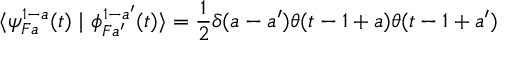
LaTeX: \langle \psi _ { F a } ^ { 1 - a } ( t ) \mid \phi _ { F a ^ { \prime } } ^ { 1 - a ^ { \prime } } ( t ) \rangle = \frac { 1 } { 2 } \delta ( a - a ^ { \prime } ) \theta ( t - 1 + a ) \theta ( t - 1 + a ^ { \prime } )